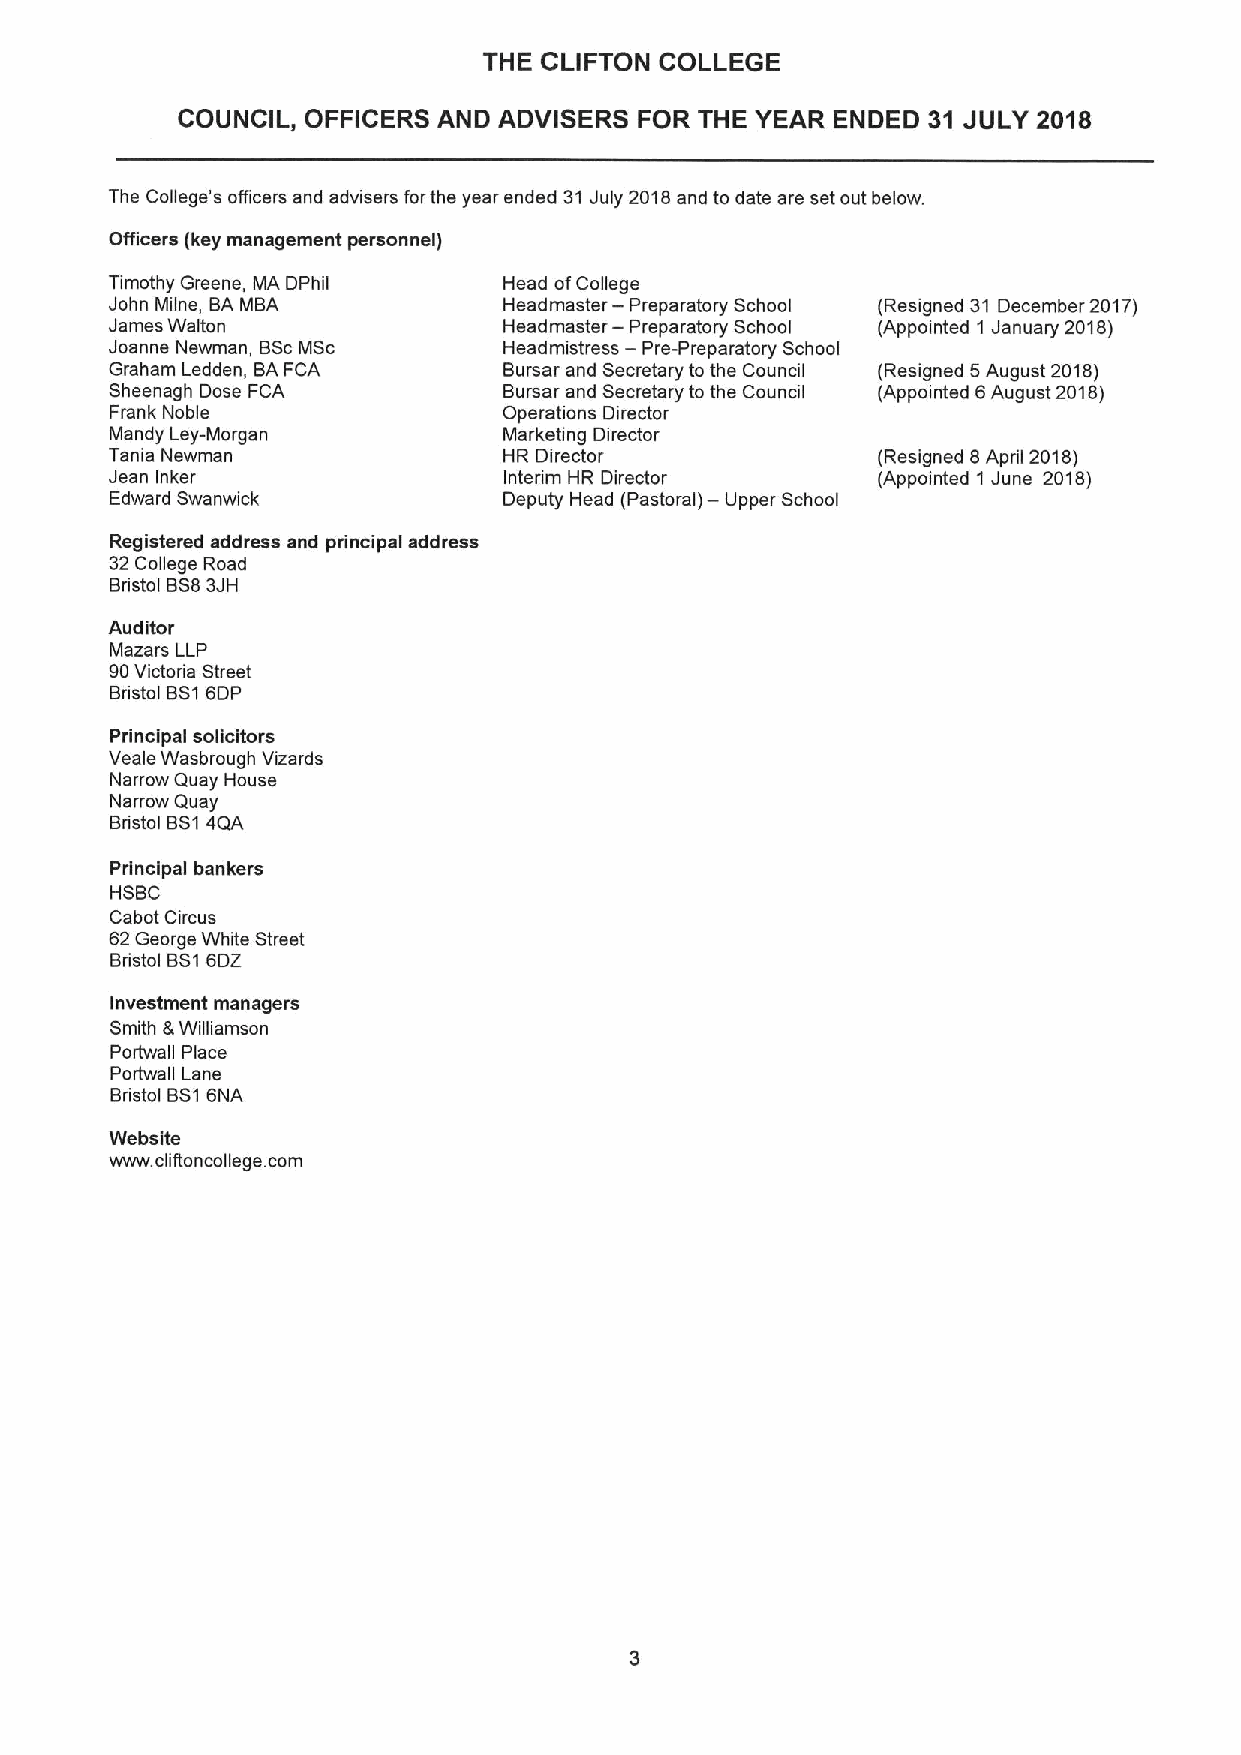
THE CLIFTON COLLEGE
 COUNCIL, OFFICERS AND ADVISERS FOR THE YEAR ENDED 31 JULY 2018
 The College's officers and advisers forthe year ended 31 July 2018and to date are set out below.
 Officers (key management personnel)
 Timothy Greene, MA DPhil  Head ofCollege
 John Milne, BA MBA        Headmaster — Preparatory School (Resigned 31 December 2017)
 James Walton              Headmaster — Preparatory School (Appointed 1 January 2018)
 Joanne Newman, BScMSc     Headmistress — Pre-Preparatory School
 Graham Ledden, BAFCA      Bursar and Secretary to the Council (Resigned 5August 2018)
 Sheenagh Dose FCA         Bursar and Secretary to the Council (Appointed 6August 2018)
 Frank Noble               Operations Director
 Mandy Ley-Morgan          Marketing Director
 Tania Newman              HR Director              (Resigned 8April 2018)
 Jean Inker                Interim HR Director      (Appointed 1 June 2018)
 —
 Edward Swanwick           Deputy Head (Pastoral) Upper School
 Registered address and principal address
 32College Road
 Bristol BS83JH
 Auditor
 Mazars LLP
 90Victoria Street
 Bnstol BS16DP
 Principal solicitors
 Veale Wasbrough Vizards
 Narrow Quay House
 Narrow Quay
 Bristol BS14QA
 Principal bankers
 HSBC
 Cabot Circus
 62George White Street
 Bristol BS16DZ
 Investment managers
 Smith 8 Wilhamson
 Portwall Place
 Portwall Lane
 Bristol BS16NA
 Website
 www. cliitoncollege. corn